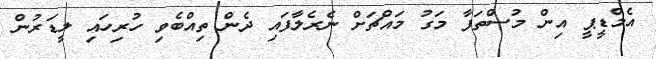
އެމްޑީޕީ އިން މުސްތަފާ މަގު މައްޗަށް ނެރެލާފައި ދެން ތިއްބެވި ހުރިހައި ލީޑަރުން